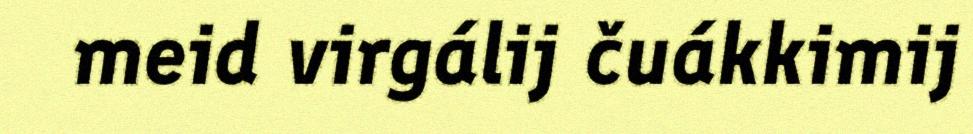
meid virgálij čuákkimij